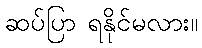
ဆပ်ပြာ ရနိုင်မလား။